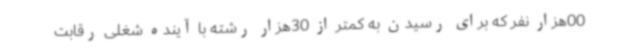
00هزار نفر که برای رسیدن به کمتر از 30هزار رشته با آینده شغلی رقابت